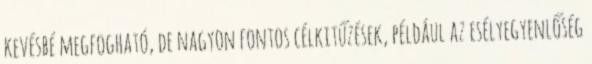
kevésbé megfogható, de nagyon fontos célkitűzések, például az esélyegyenlőség